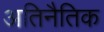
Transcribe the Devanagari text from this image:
अतिनैतिक